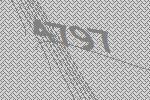
4797